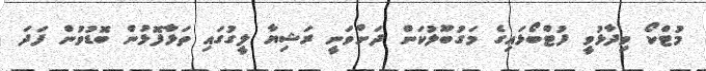
މުޓްކޯ ވިދާޅުވީ ފުޓްބޯޅައިގެ މަގުބޫލުކަން ދަށްވަނީ ރަޝިޔާ ލީގުގައި ތަޅާފޮޅުން ބޮޑުވުން ފަދަ